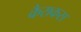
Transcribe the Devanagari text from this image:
कैराकस